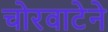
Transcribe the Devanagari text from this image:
चोरवाटेने